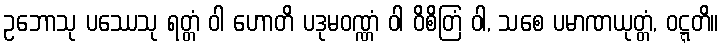
ဥဘောသု ပဿေသု ရတ္တံ ဝါ ဟောတိ ပဒုမဝဏ္ဏံ ဝါ ဝိစိတြံ ဝါ, သစေ ပမာဏယုတ္တံ, ဝဋ္ဋတိ။